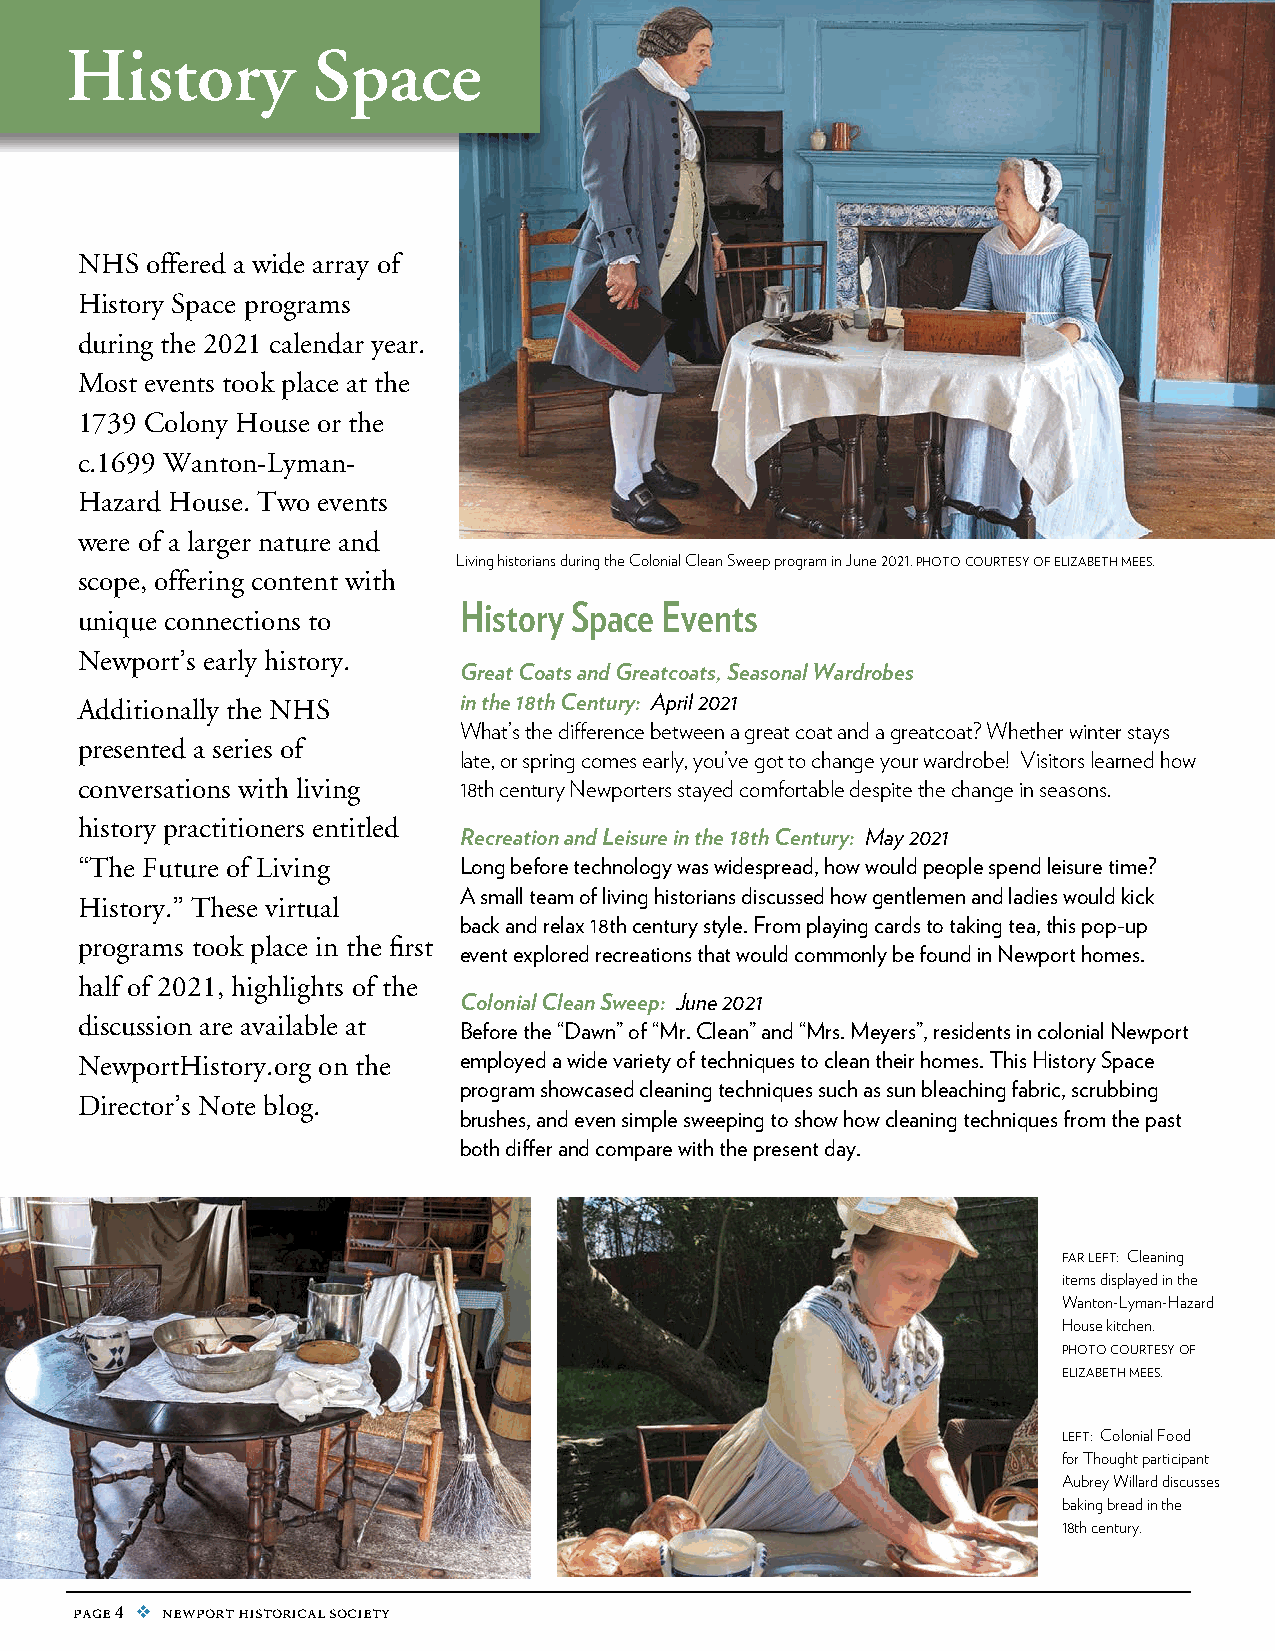
History          Space
 NHS  offered a wide array of
 History Space programs
 during the 2021 calendar year.
 Most events took place at the
 1739 Colony House or the
 c.1699 Wanton-Lyman-
 Hazard House. Two events
 were of a larger nature and
 Living historians during the Colonial Clean Sweep program in June 2021. photo courtesy of elizabeth mees.
 scope, offering content with
 History Space Events
 unique connections to
 Newport’s early history.
 Great Coats and Greatcoats, Seasonal Wardrobes
 Additionally the NHS     in the 18th Century: April 2021
 What’s the difference between a great coat and a greatcoat? Whether winter stays
 presented a series of
 late, or spring comes early, you’ve got to change your wardrobe! Visitors learned how
 conversations with living 18th century Newporters stayed comfortable despite the change in seasons.
 history practitioners entitled
 Recreation and Leisure in the 18th Century: May 2021
 “The Future of Living    Long before technology was widespread, how would people spend leisure time?
 A small team of living historians discussed how gentlemen and ladies would kick
 History.” These virtual
 back and relax 18th century style. From playing cards to taking tea, this pop-up
 programs took place in the first
 event explored recreations that would commonly be found in Newport homes.
 half of 2021, highlights of the
 Colonial Clean Sweep: June 2021
 discussion are available at
 Before the “Dawn” of “Mr. Clean” and “Mrs. Meyers”, residents in colonial Newport
 NewportHistory.org on the employed a wide variety of techniques to clean their homes. This History Space
 program showcased cleaning techniques such as sun bleaching fabric, scrubbing
 Director’s Note blog.
 brushes, and even simple sweeping to show how cleaning techniques from the past
 both differ and compare with the present day.
 far left: Cleaning
 items displayed in the
 Wanton-Lyman-Hazard
 House kitchen.
 photo courtesy of
 elizabeth mees.
 left: Colonial Food
 for Thought participant
 Aubrey Willard discusses
 baking bread in the
 18th century.
 page 4 v newport historical society